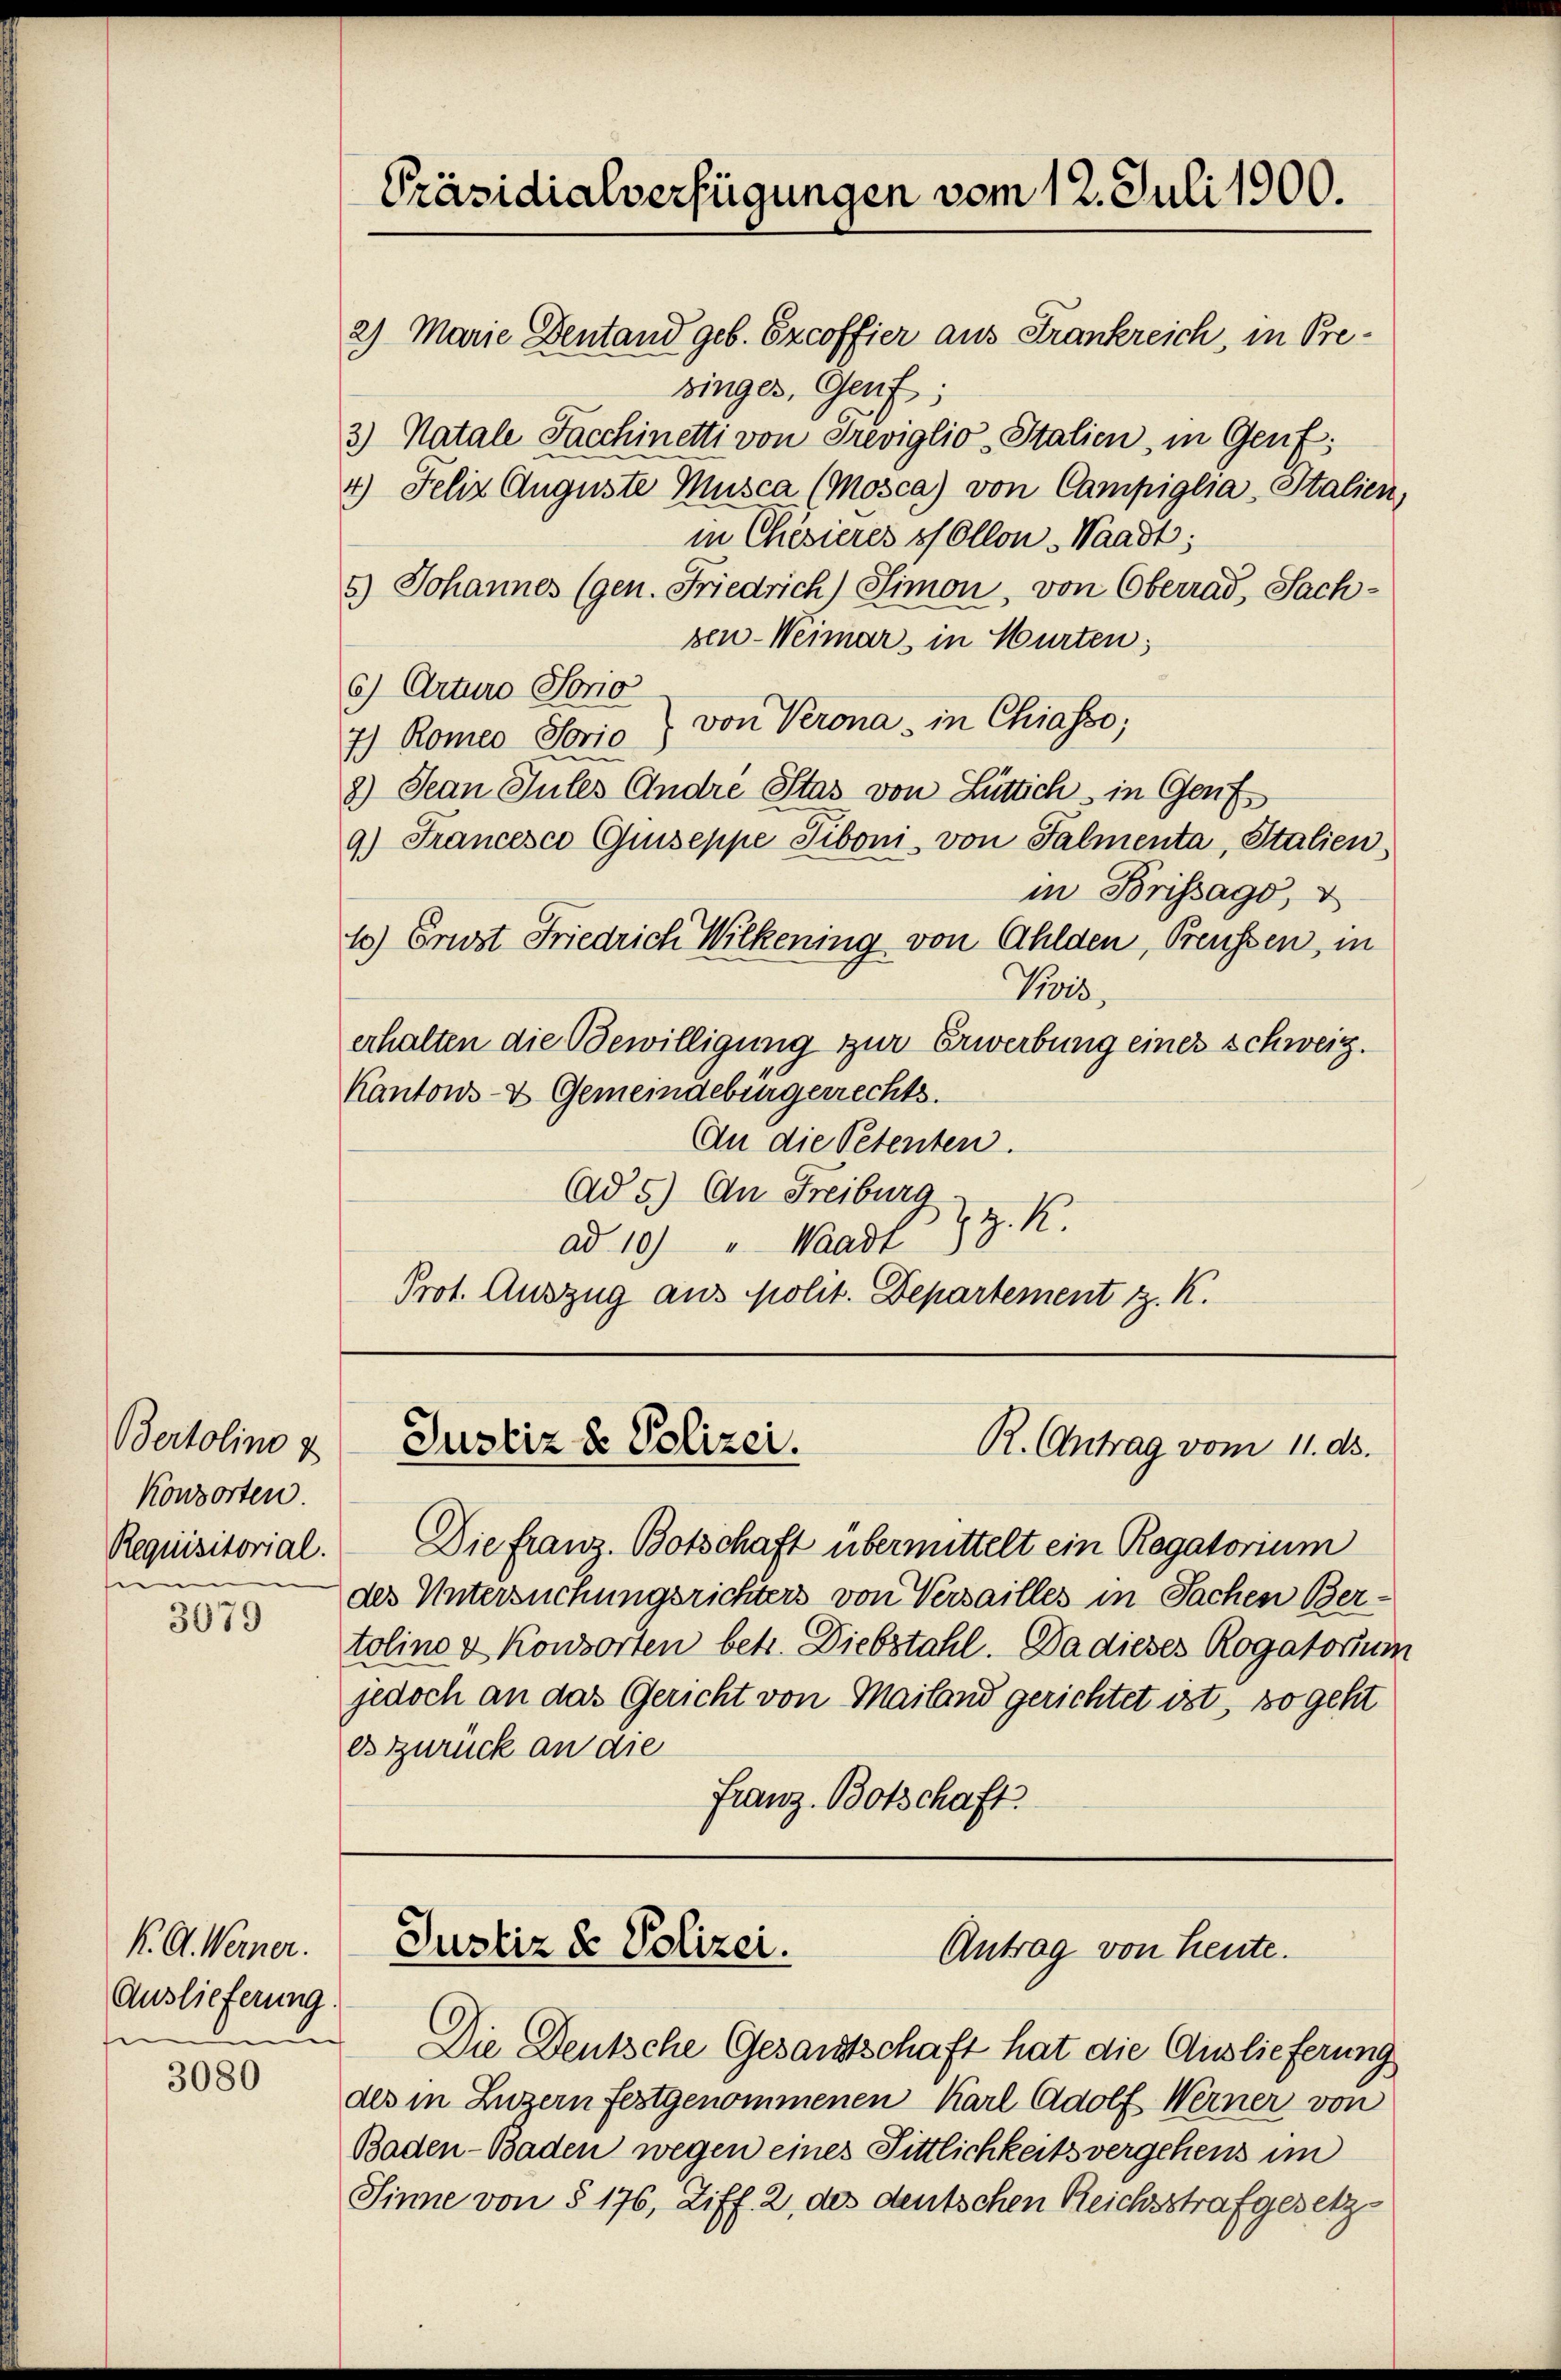
Bertolino z
Konsorten.
Requisitorial.
e

3079

K. A. Werner.
Auslieferung.

3080

Präsidialverfügungen vom 12. Juli 1900.
2) Marie Dentand geb. Excoffier aus Frankreich, in Pre¬

binger, Genf;
3) Natale Facchinetti von Treviglio, Italien, in Genf;
4) Felix Auguste Musca (Mosca) von Campiglia-Italien,
in Chisieres ss Ollon Waadt;
5) Johannes (gen. Friedrich) Simon, von Oberrad, Sach-
sen-Weimar, in Hurten;
c) Arturo Sorio
von Verona in Chiasso;
7) Romeo orio)
8.) Jean Tules Andre Stas von Lüttich in Genf
9.) Francesco Guiseppe Tiboni, von Falmenta, Italien,
in Brissago,
10) Brust Friedrich Wilkening von Ahlden, Preussen, in
Preis,
erhalten die Bewilligung zur Erwerbung eines Schweiz.
Kantons- & Gemeindebürgerrechts.
An die Petenten.
Ad 5.) An Freiburg u. z. K.
ad 10) " Waadt
Prot. Auszug aus polit. Departement z. K.

Justiz & Polizei.
R. Antrag vom 11. ds.

Die franz. Botschaft übermittelt ein Regatorium
des Untersuchungsrichters von Versailles in Sachen Ber-
toline & Konsorten betr. Diebstahl. Da dieses Rogatorium
jedoch an das Gericht von Mailand gerichtet ist, so geht
es zurück an die
Franz Botschaft

Justiz & Polizei.
Antrag von Heute.

Die Deutsche Gesamtschaft hat die Auslieferung
des in Luzern festgenommenen Karl Adolf Werner von
Baden-Baden wegen eines Sittlichkeits vergehens im
Sinne von § 176, Ziff. 2, des deutschen Reichsstrafgesetz¬